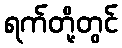
ရက်တို့တွင်